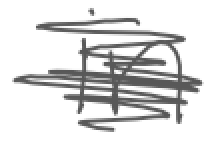
Text: in
Cross-out: scratch
Writing tool: digital_gray